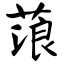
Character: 蒗